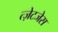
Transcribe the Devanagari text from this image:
त्ज़ेटजेस